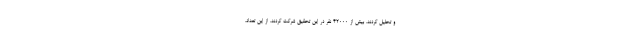
و تحلیل کردند. بیش از ۴۲۰۰۰ نفر در این تحقیق شرکت کردند. از این تعداد،